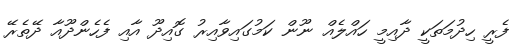
ފެރީ ހިދުމަތަކީ ދާއިމީ ހައްލެއް ނޫން ކަމުގައިވާއިރު ގޮއިދޫ އާއި ފެހެންދޫއާ ދޭތެރޭ